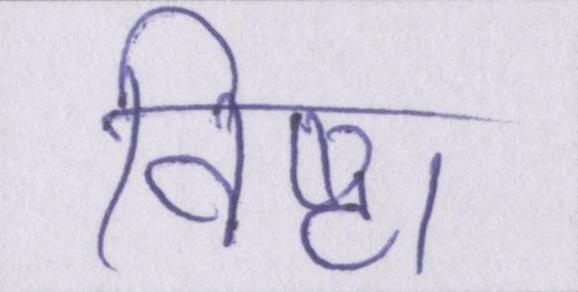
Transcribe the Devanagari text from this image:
विष्ठा